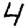
Digit: 4